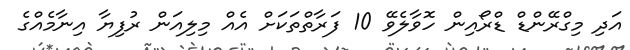
އަދި މިގްރޭންޑް ޑްރޯއިން ހޮވާލެވޭ 10 ފަރާތްތަކަށް އެއް މިލިއަން ރުފިޔާ އިނާމެއްގެ